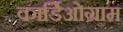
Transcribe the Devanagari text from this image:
कार्डिओग्राम